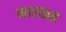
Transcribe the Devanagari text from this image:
मारखत